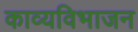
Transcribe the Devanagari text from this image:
काव्यविभाजन